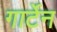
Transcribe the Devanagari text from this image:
गार्टेन